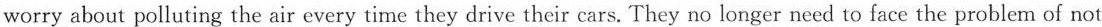
worry about polluting the air every time they drive their cars. They no longer need to face the problem of not